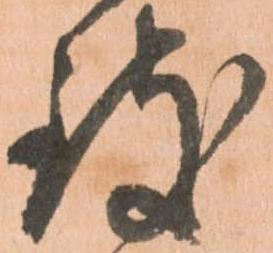
致